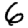
Digit: 6